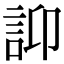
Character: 𧥴